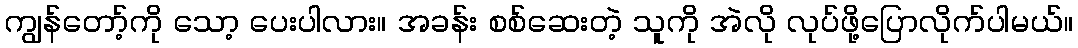
ကျွန်တော့်ကို သော့ ပေးပါလား။ အခန်း စစ်ဆေးတဲ့ သူကို အဲလို လုပ်ဖို့ပြောလိုက်ပါမယ်။